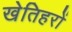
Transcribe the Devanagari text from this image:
खेतिहरों